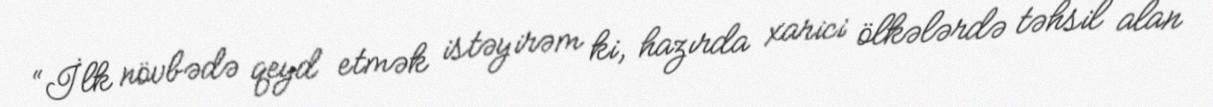
“İlk növbədə qeyd etmək istəyirəm ki, hazırda xarici ölkələrdə təhsil alan